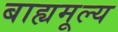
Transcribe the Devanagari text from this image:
बाह्यमूल्य